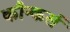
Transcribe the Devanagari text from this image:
कौन्कर्स